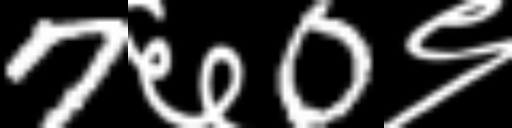
Text: 7६0९